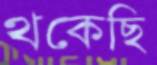
থকেছি